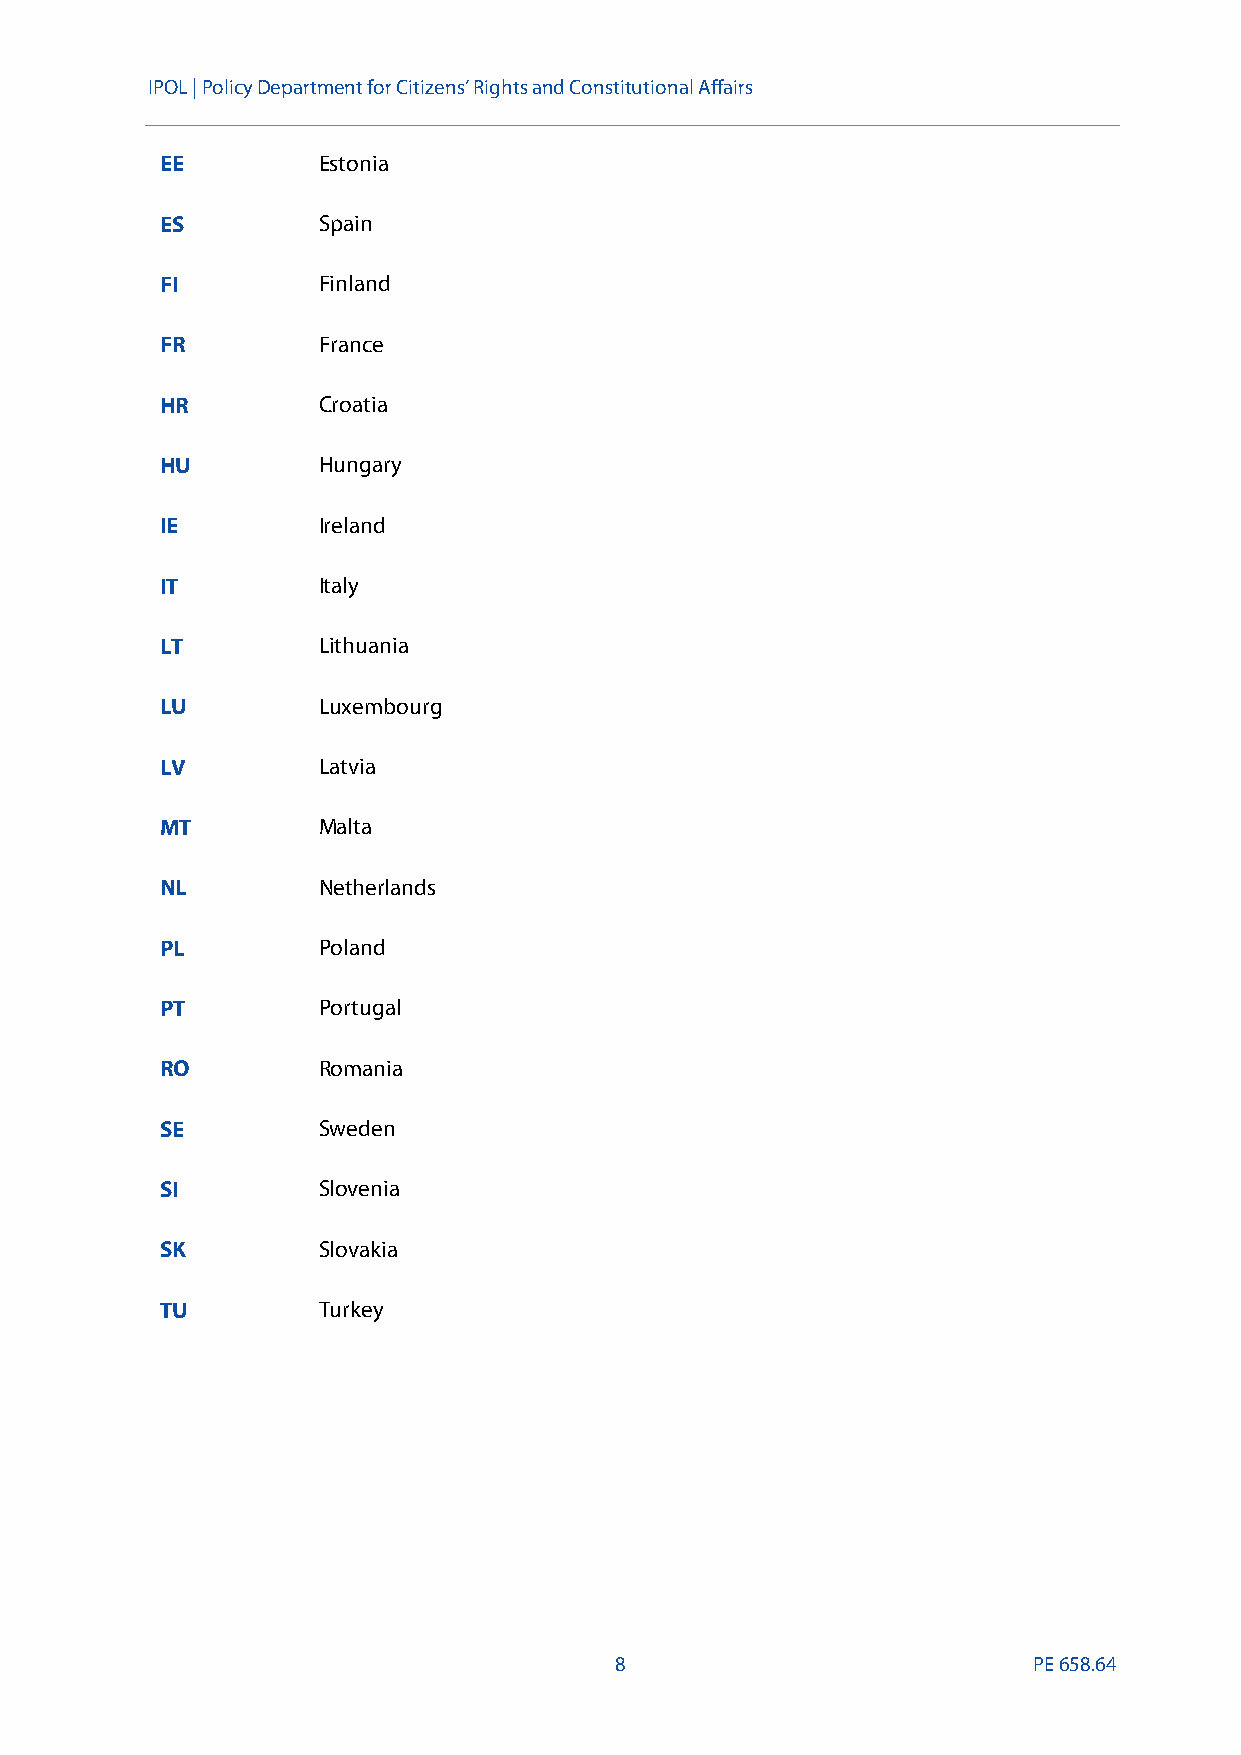
IPOL |Policy Department for Citizens’ Rights and Constitutional Affairs
 EE        Estonia
 ES        Spain
 FI        Finland
 FR        France
 HR        Croatia
 HU        Hungary
 IE        Ireland
 IT        Italy
 LT        Lithuania
 LU        Luxembourg
 LV        Latvia
 MT        Malta
 NL        Netherlands
 PL        Poland
 PT        Portugal
 RO        Romania
 SE        Sweden
 SI        Slovenia
 SK        Slovakia
 TU        Turkey
 8                          PE658.64